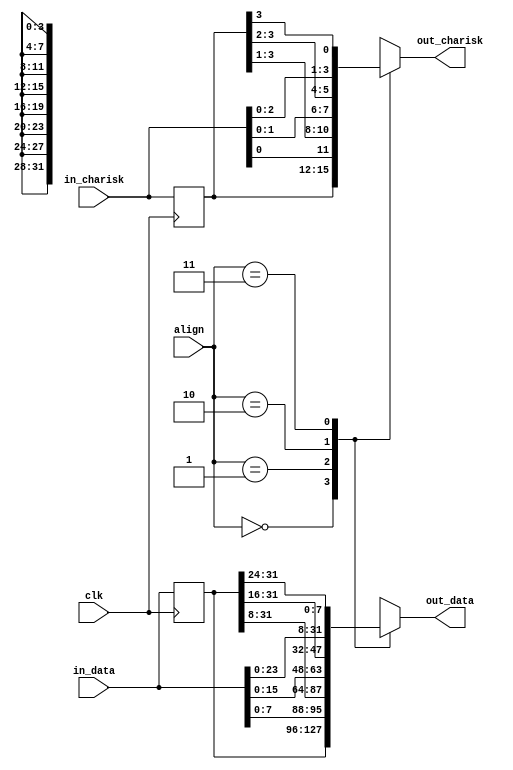
//
// The ADI JESD204 Core is released under the following license, which is
// different than all other HDL cores in this repository.
//
// Please read this, and understand the freedoms and responsibilities you have
// by using this source code/core.
//
// The JESD204 HDL, is copyright  2016-2017 Analog Devices Inc.
//
// This core is free software, you can use run, copy, study, change, ask
// questions about and improve this core. Distribution of source, or resulting
// binaries (including those inside an FPGA or ASIC) require you to release the
// source of the entire project (excluding the system libraries provide by the
// tools/compiler/FPGA vendor). These are the terms of the GNU General Public
// License version 2 as published by the Free Software Foundation.
//
// This core  is distributed in the hope that it will be useful, but WITHOUT ANY
// WARRANTY; without even the implied warranty of MERCHANTABILITY or FITNESS FOR
// A PARTICULAR PURPOSE. See the GNU General Public License for more details.
//
// You should have received a copy of the GNU General Public License version 2
// along with this source code, and binary.  If not, see
// <http://www.gnu.org/licenses/>.
//
// Commercial licenses (with commercial support) of this JESD204 core are also
// available under terms different than the General Public License. (e.g. they
// do not require you to accompany any image (FPGA or ASIC) using the JESD204
// core with any corresponding source code.) For these alternate terms you must
// purchase a license from Analog Devices Technology Licensing Office. Users
// interested in such a license should contact jesd204-licensing@analog.com for
// more information. This commercial license is sub-licensable (if you purchase
// chips from Analog Devices, incorporate them into your PCB level product, and
// purchase a JESD204 license, end users of your product will also have a
// license to use this core in a commercial setting without releasing their
// source code).
//
// In addition, we kindly ask you to acknowledge ADI in any program, application
// or publication in which you use this JESD204 HDL core. (You are not required
// to do so; it is up to your common sense to decide whether you want to comply
// with this request or not.) For general publications, we suggest referencing :
// The design and implementation of the JESD204 HDL Core used in this project
// is copyright  2016-2017, Analog Devices, Inc.
//

`timescale 1ns/100ps

module align_mux #(
  parameter DATA_PATH_WIDTH = 4
) (
  input clk,
  input [1:0] align,
  input [DATA_PATH_WIDTH*8-1:0] in_data,
  input [DATA_PATH_WIDTH-1:0] in_charisk,
  output reg [DATA_PATH_WIDTH*8-1:0] out_data,
  output reg [DATA_PATH_WIDTH-1:0] out_charisk
);

reg [DATA_PATH_WIDTH*8-1:0] in_data_d1;
reg [DATA_PATH_WIDTH-1:0] in_charisk_d1;

always @(posedge clk) begin
  in_data_d1 <= in_data;
  in_charisk_d1 <= in_charisk;
end

always @(*) begin
  case (align)
  'h0: out_data <= in_data_d1;
  'h1: out_data <= {in_data[7:0],in_data_d1[31:8]};
  'h2: out_data <= {in_data[15:0],in_data_d1[31:16]};
  'h3: out_data <= {in_data[23:0],in_data_d1[31:24]};
  endcase

  case (align)
  'h0: out_charisk <= in_charisk_d1;
  'h1: out_charisk <= {in_charisk[0:0],in_charisk_d1[3:1]};
  'h2: out_charisk <= {in_charisk[1:0],in_charisk_d1[3:2]};
  'h3: out_charisk <= {in_charisk[2:0],in_charisk_d1[3:3]};
  endcase
end

endmodule